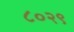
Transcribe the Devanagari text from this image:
८०२९